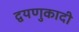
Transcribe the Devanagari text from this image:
द्वयणुकादी